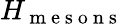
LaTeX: H_{\mathrm{~m~e~s~o~n~s~}}